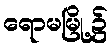
ရောမမြို့၌